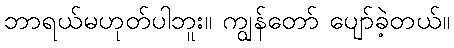
ဘာရယ်မဟုတ်ပါဘူး။ ကျွန်တော် ပျော်ခဲ့တယ်။